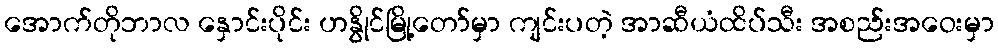
အောက်တိုဘာလ နှောင်းပိုင်း ဟနွိုင်မြို့တော်မှာ ကျင်းပတဲ့ အာဆီယံထိပ်သီး အစည်းအဝေးမှာ